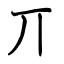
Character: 丌